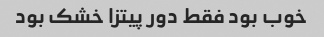
خوب بود فقط دور پیتزا خشک بود